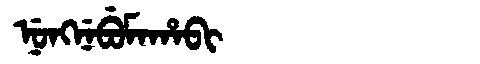
Manchu: ᠨᡠᠩᠨᡝᠪᡠᠮᠠᡥᠠᠪᡳ
Romanization: NUNGNEBUMAHABI